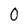
Character: 0